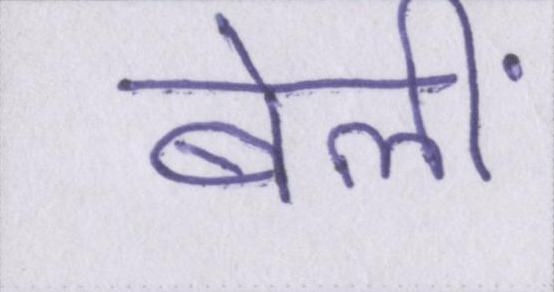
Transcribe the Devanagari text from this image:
बेलीं